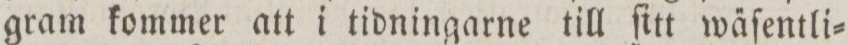
gram kommer att i tidningarne till ſitt wa̋ſentli=